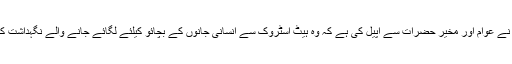
دریں اثناء متحدہ قومی موومنٹ کی رکن قومی اسمبلی کشور زہرا نے عوام اور مخیر حضرات سے اپیل کی ہے کہ وہ ہیٹ اسٹروک سے انسانی جانوں کے بچائو کیلئے لگائے جانے والے نگہداشت کیمپوں میں ضروری اشیاء زیادہ سے زیادہ مقدار میں جمع کرائیں ۔